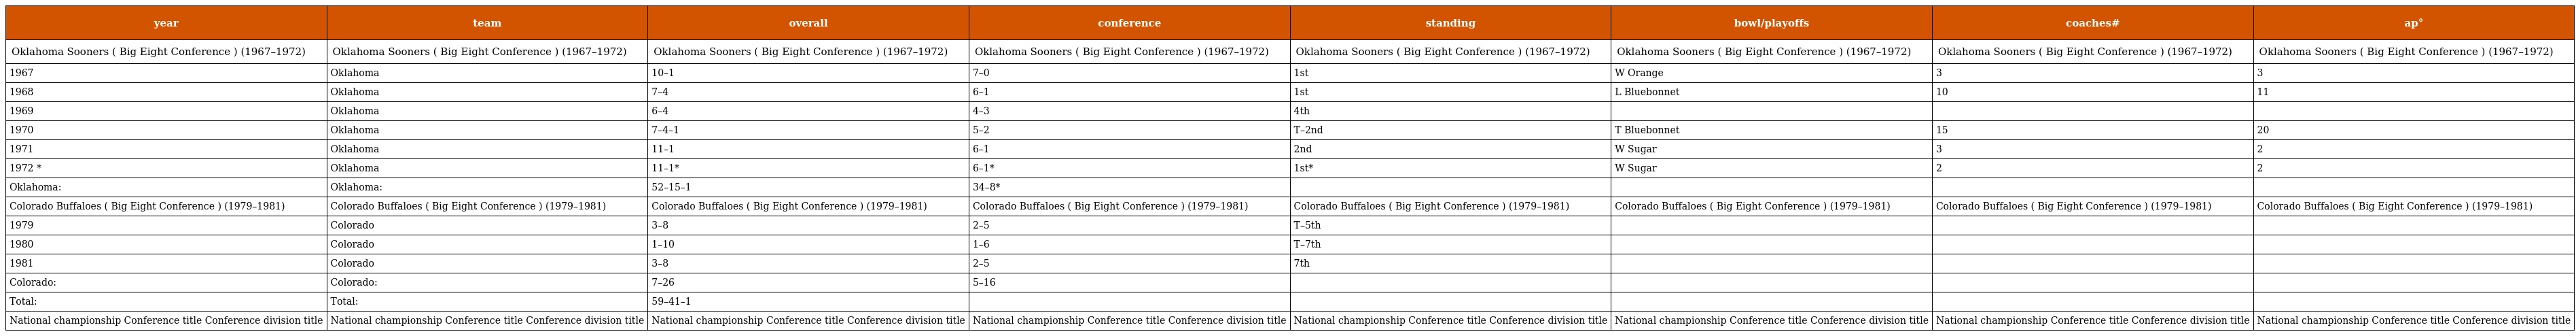
| year | team | overall | conference | standing | bowl/playoffs | coaches# | ap° |
 | --- | --- | --- | --- | --- | --- | --- | --- |
 | Oklahoma Sooners ( Big Eight Conference ) (1967–1972) | Oklahoma Sooners ( Big Eight Conference ) (1967–1972) | Oklahoma Sooners ( Big Eight Conference ) (1967–1972) | Oklahoma Sooners ( Big Eight Conference ) (1967–1972) | Oklahoma Sooners ( Big Eight Conference ) (1967–1972) | Oklahoma Sooners ( Big Eight Conference ) (1967–1972) | Oklahoma Sooners ( Big Eight Conference ) (1967–1972) | Oklahoma Sooners ( Big Eight Conference ) (1967–1972) |
 | 1967 | Oklahoma | 10–1 | 7–0 | 1st | W Orange | 3 | 3 |
 | 1968 | Oklahoma | 7–4 | 6–1 | 1st | L Bluebonnet | 10 | 11 |
 | 1969 | Oklahoma | 6–4 | 4–3 | 4th |  |  |  |
 | 1970 | Oklahoma | 7–4–1 | 5–2 | T–2nd | T Bluebonnet | 15 | 20 |
 | 1971 | Oklahoma | 11–1 | 6–1 | 2nd | W Sugar | 3 | 2 |
 | 1972 * | Oklahoma | 11–1* | 6–1* | 1st* | W Sugar | 2 | 2 |
 | Oklahoma: | Oklahoma: | 52–15–1 | 34–8* |  |  |  |  |
 | Colorado Buffaloes ( Big Eight Conference ) (1979–1981) | Colorado Buffaloes ( Big Eight Conference ) (1979–1981) | Colorado Buffaloes ( Big Eight Conference ) (1979–1981) | Colorado Buffaloes ( Big Eight Conference ) (1979–1981) | Colorado Buffaloes ( Big Eight Conference ) (1979–1981) | Colorado Buffaloes ( Big Eight Conference ) (1979–1981) | Colorado Buffaloes ( Big Eight Conference ) (1979–1981) | Colorado Buffaloes ( Big Eight Conference ) (1979–1981) |
 | 1979 | Colorado | 3–8 | 2–5 | T–5th |  |  |  |
 | 1980 | Colorado | 1–10 | 1–6 | T–7th |  |  |  |
 | 1981 | Colorado | 3–8 | 2–5 | 7th |  |  |  |
 | Colorado: | Colorado: | 7–26 | 5–16 |  |  |  |  |
 | Total: | Total: | 59–41–1 |  |  |  |  |  |
 | National championship Conference title Conference division title | National championship Conference title Conference division title | National championship Conference title Conference division title | National championship Conference title Conference division title | National championship Conference title Conference division title | National championship Conference title Conference division title | National championship Conference title Conference division title | National championship Conference title Conference division title |